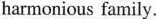
harmonious family.